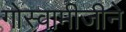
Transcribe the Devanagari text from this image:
गोस्वामीजीने